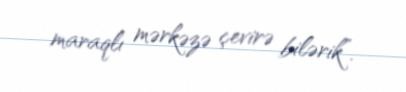
maraqlı mərkəzə çevirə bilərik”.